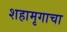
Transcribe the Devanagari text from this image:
शहामृगाचा